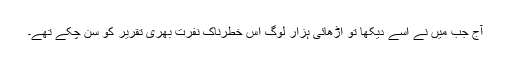
آج جب میں نے اسے دیکھا تو اڑھائی ہزار لوگ اس خطرناک نفرت بھری تقریر کو سن چکے تھے۔